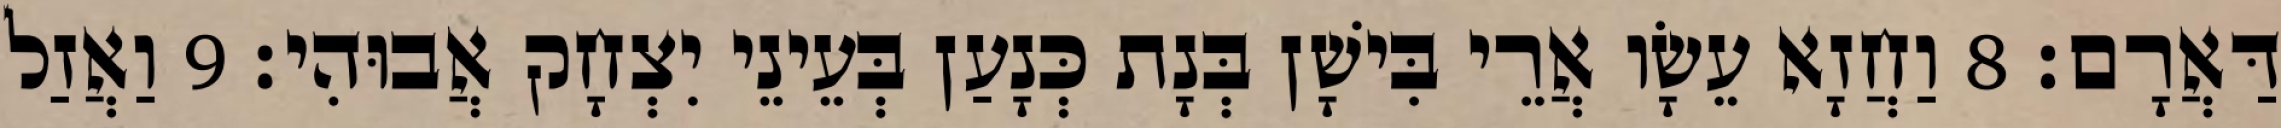
דַּאֲרָם׃ 8 וַחֲזָא עֵשָׂו אֲרֵי בִּישָׁן בְּנָת כְּנָעַן בְּעֵינֵי יִצְחָק אֲבוּהִי׃ 9 וַאֲזַל